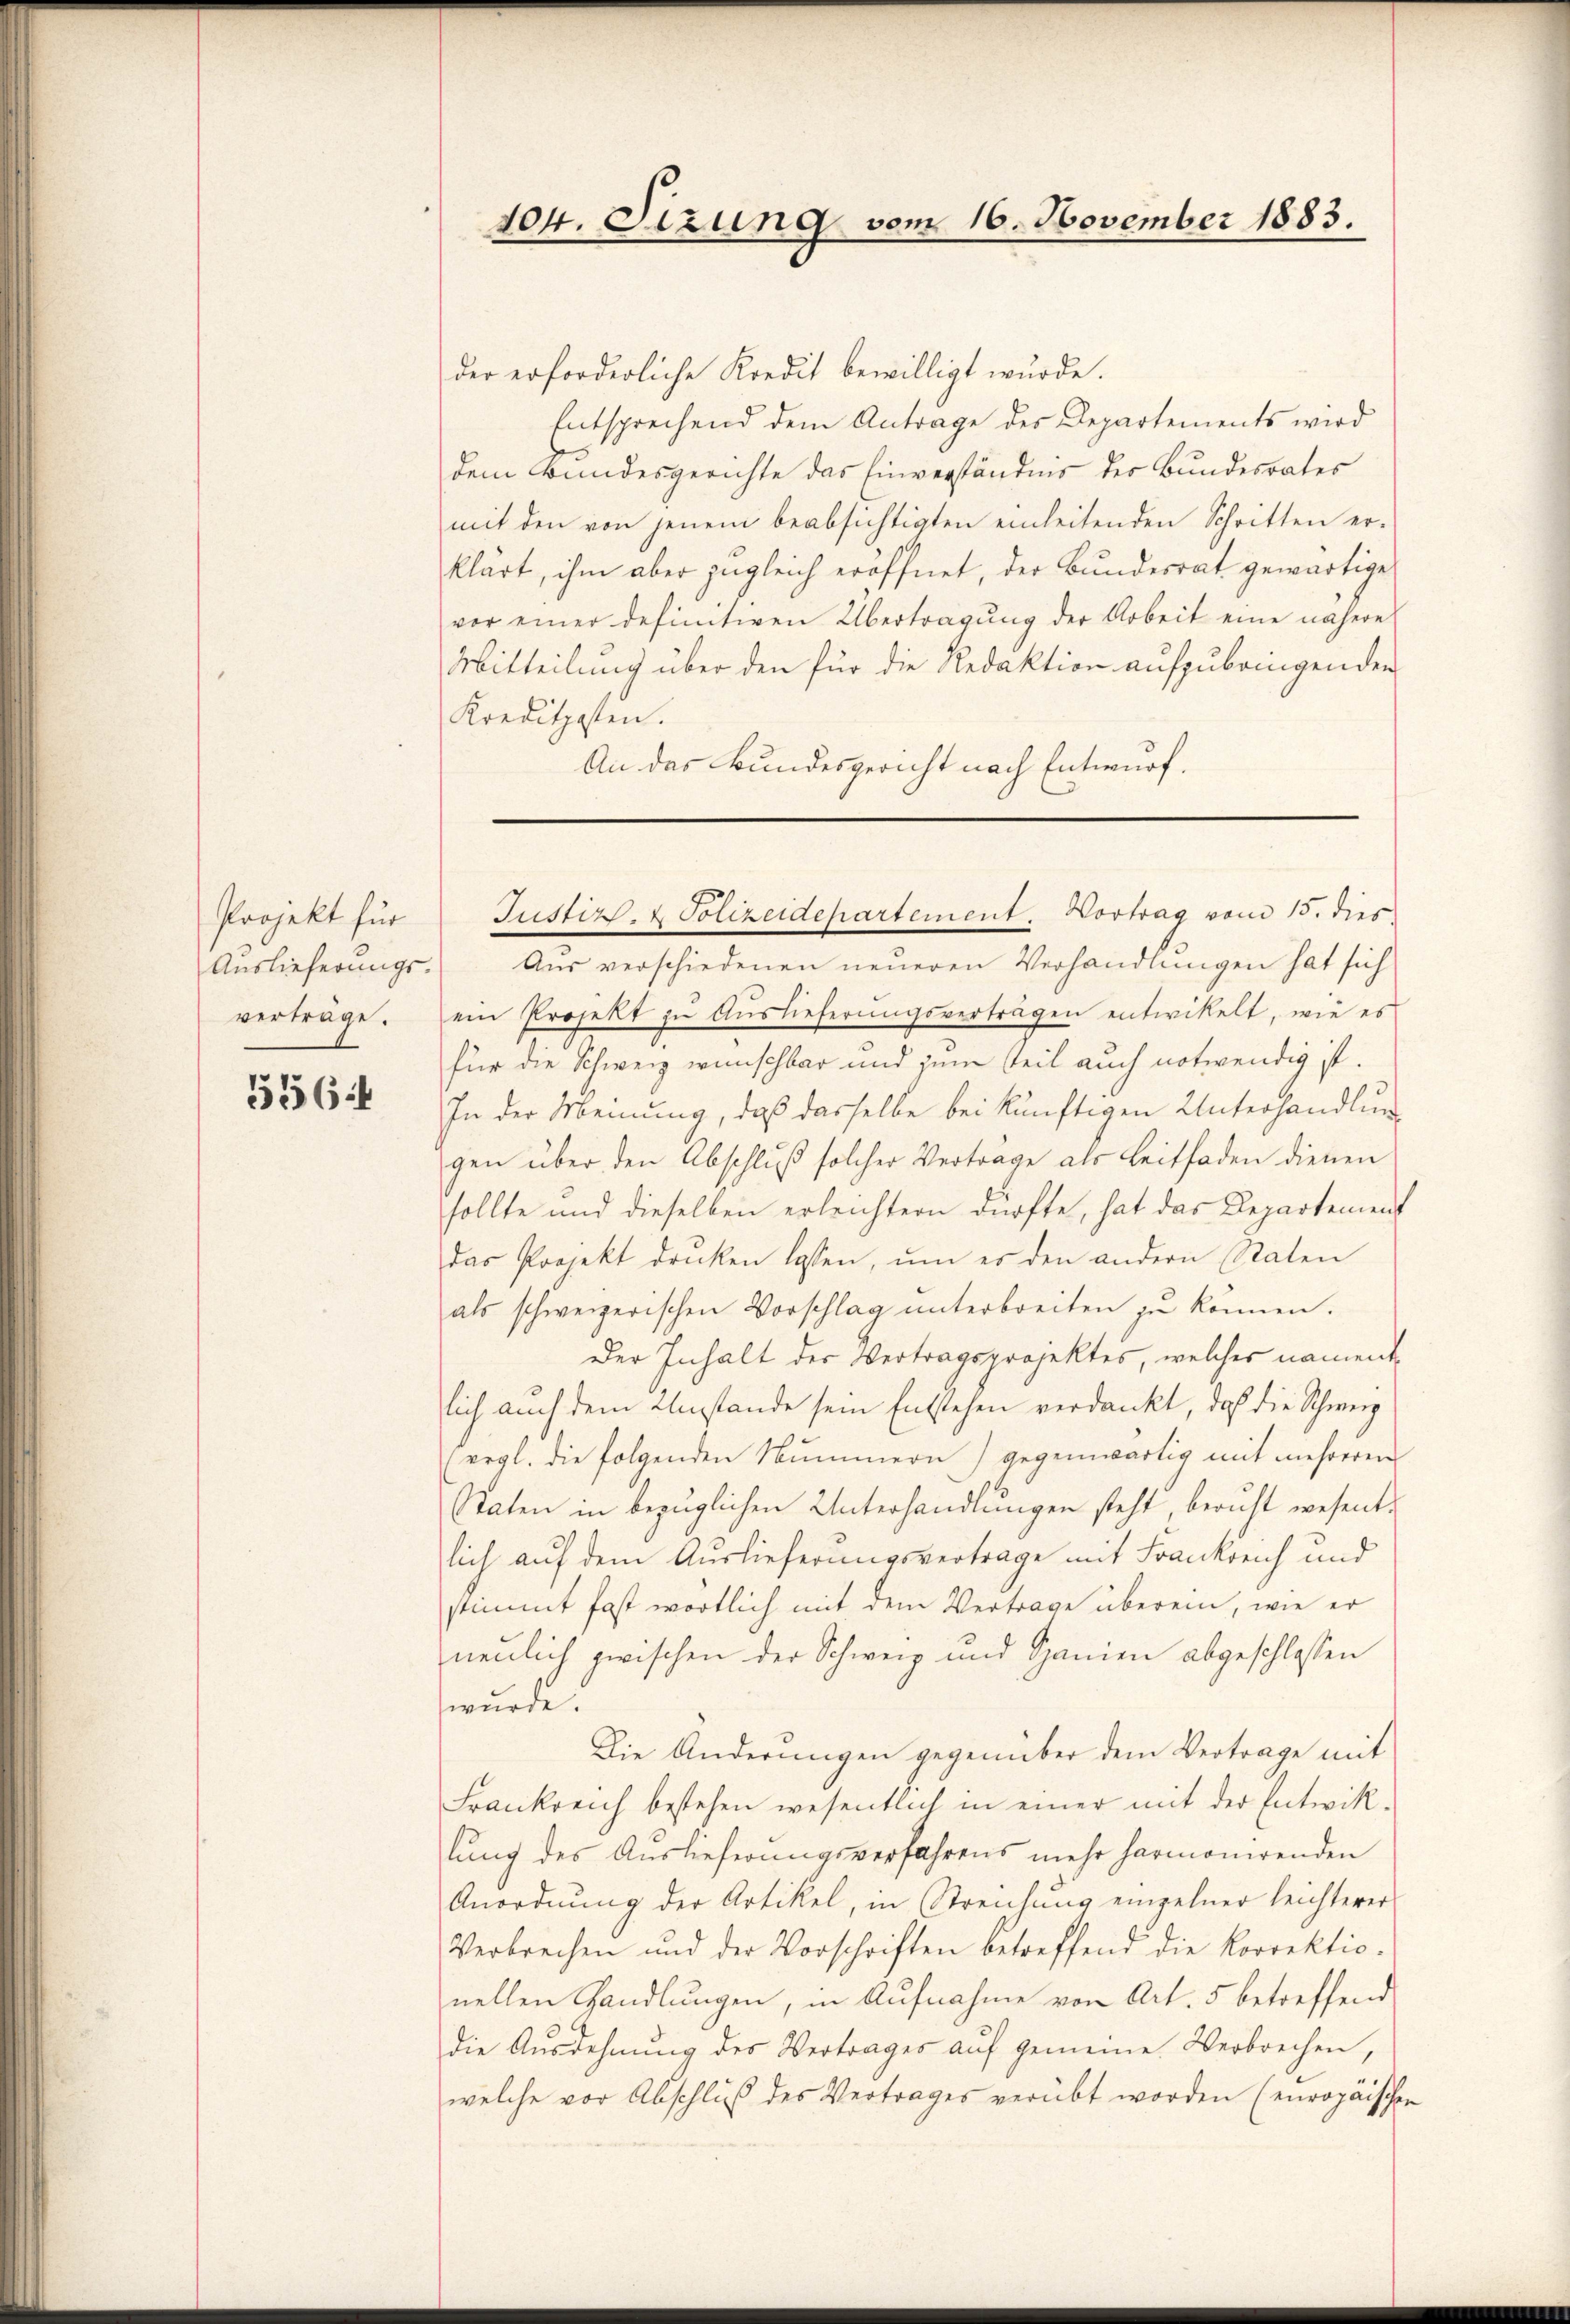
Projekt für
Auslieferungs-
vertrage.

5564

der erforderliche Kredit bewilligt wurde.
Entsprechend dem Antrage des Departements wird
dem Bundesgerichte das Einverständnis der Bundesrates
mit den von jenem beabsichtigten einleitenden Schritten er-
klärt, ihm aber zugleich eröffnet, der Bundesrat gewärtige
vor einer definitiven Übertragung der Arbeit eine nähere
Mitteilung über den für die Redaktion aufzubringenden
Kreditzosten.
An das Bundesgericht nach Entwurf.

104. Sizung vom 16. November 1883.

Aŭs verschiedenen neueren Verhandlungen hat sich
ein Projekt zu Auslieferungsvertragen entwickelt, wie es
für die Schweiz wünschbar und zum Teil auch notwendig ist.
In der Meinung, daß dasselbe bei künftigen Unterhandlung
gen über den Abschluß solcher Verträge als Leitfaden dienen
sollte und dieselben erleichtern dürfte, hat das Departement
das Projekt drucken lassen, um es den andern Staten
als schweizerischen Vorschlag ŭnterbreiten zŭ können.
Der Inhalt der Vertragsprojektes, welches namentlich auch dem Umstände sein Entstehen verdankt, daß die Schweiz
(vergl. die folgenden Nummern) gegenwärtig mit mehreren
Staten in bezüglichen Unterhandlungen steht, beruft wesentlich auf dem Auslieferungsvertrage mit Frankreich und
stimmt fast wortlich mit dem Vertrage überein, wie er
nenlich zwischen der Schweiz und Spanien abgeschlossen
wurde.
Die Änderungen gegenüber dem Vertrage mit
Frankreich bestehen wesentlich in einer mit der Entwiklung des Auslieferungsverfahrens mehr harmonirenden
Anordnung der Artikel, in Streichung einzelner leichterer
Verbrechen und der Vorschriften betreffend die Korrektio-
nellen Handlungen, in Aufnahme von Art. 5 betreffend
die Ausdehnung des Vertrages aŭf gemeine Verbrechen,
welche vor Abschluß des Vertrages verübt worden (europäischer

Justiz- & Polizeidepartement. Vortrag vom 15. dies